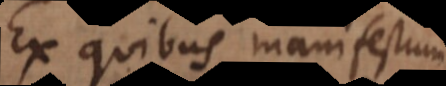
Ex quibus manifestum